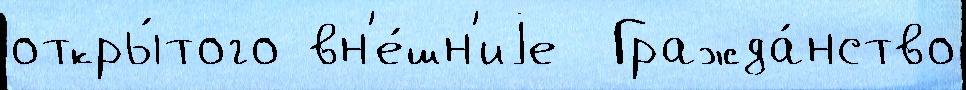
откры́того вн'е́шн'иjе  Гражда́нство